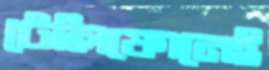
টেলিফোনেই